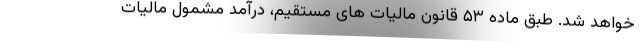
خواهد شد. طبق ماده ۵۳ قانون مالیات های مستقیم، درآمد مشمول مالیات